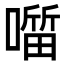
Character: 𭋖